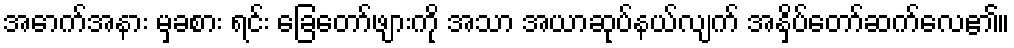
အောက်အနား မှခစား ရင်း ခြေတော်ဖျားကို အသာ အယာဆုပ်နယ်လျက် အနှိပ်တော်ဆက်လေ၏။